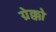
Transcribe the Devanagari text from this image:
ग्रेक्को